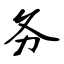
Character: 务